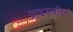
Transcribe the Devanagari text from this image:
प्राइसवॉटर